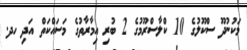
މަކުނުދޫ ސްކޫލުގެ 10 ކްލާސްރޫމުގެ 2 ބުރި އިމާރާތުގެ މަސައްކަތް އަދި ހދ.